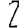
Digit: 2